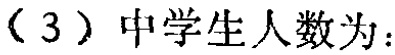
（3）中学生人数为：